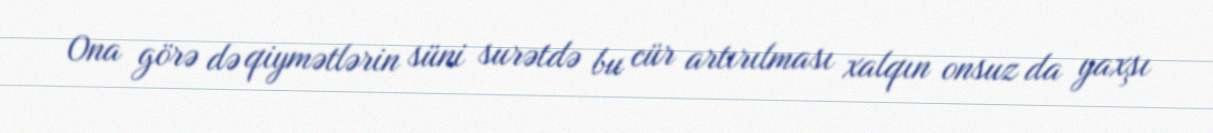
Ona görə də qiymətlərin süni surətdə bu cür artırılması xalqın onsuz da yaxşı